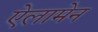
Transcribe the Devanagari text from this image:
ऐलामेन